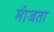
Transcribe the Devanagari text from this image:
मांजता